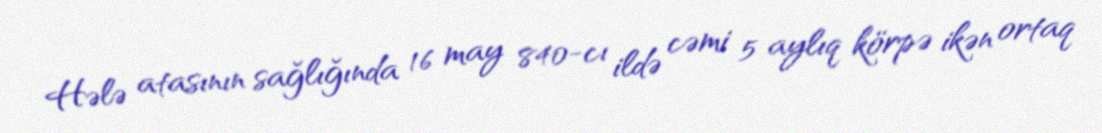
Hələ atasının sağlığında 16 may 840-cı ildə cəmi 5 aylıq körpə ikən ortaq